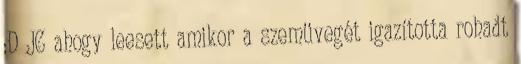
:D JC ahogy leesett amikor a szemüvegét igazította rohadt